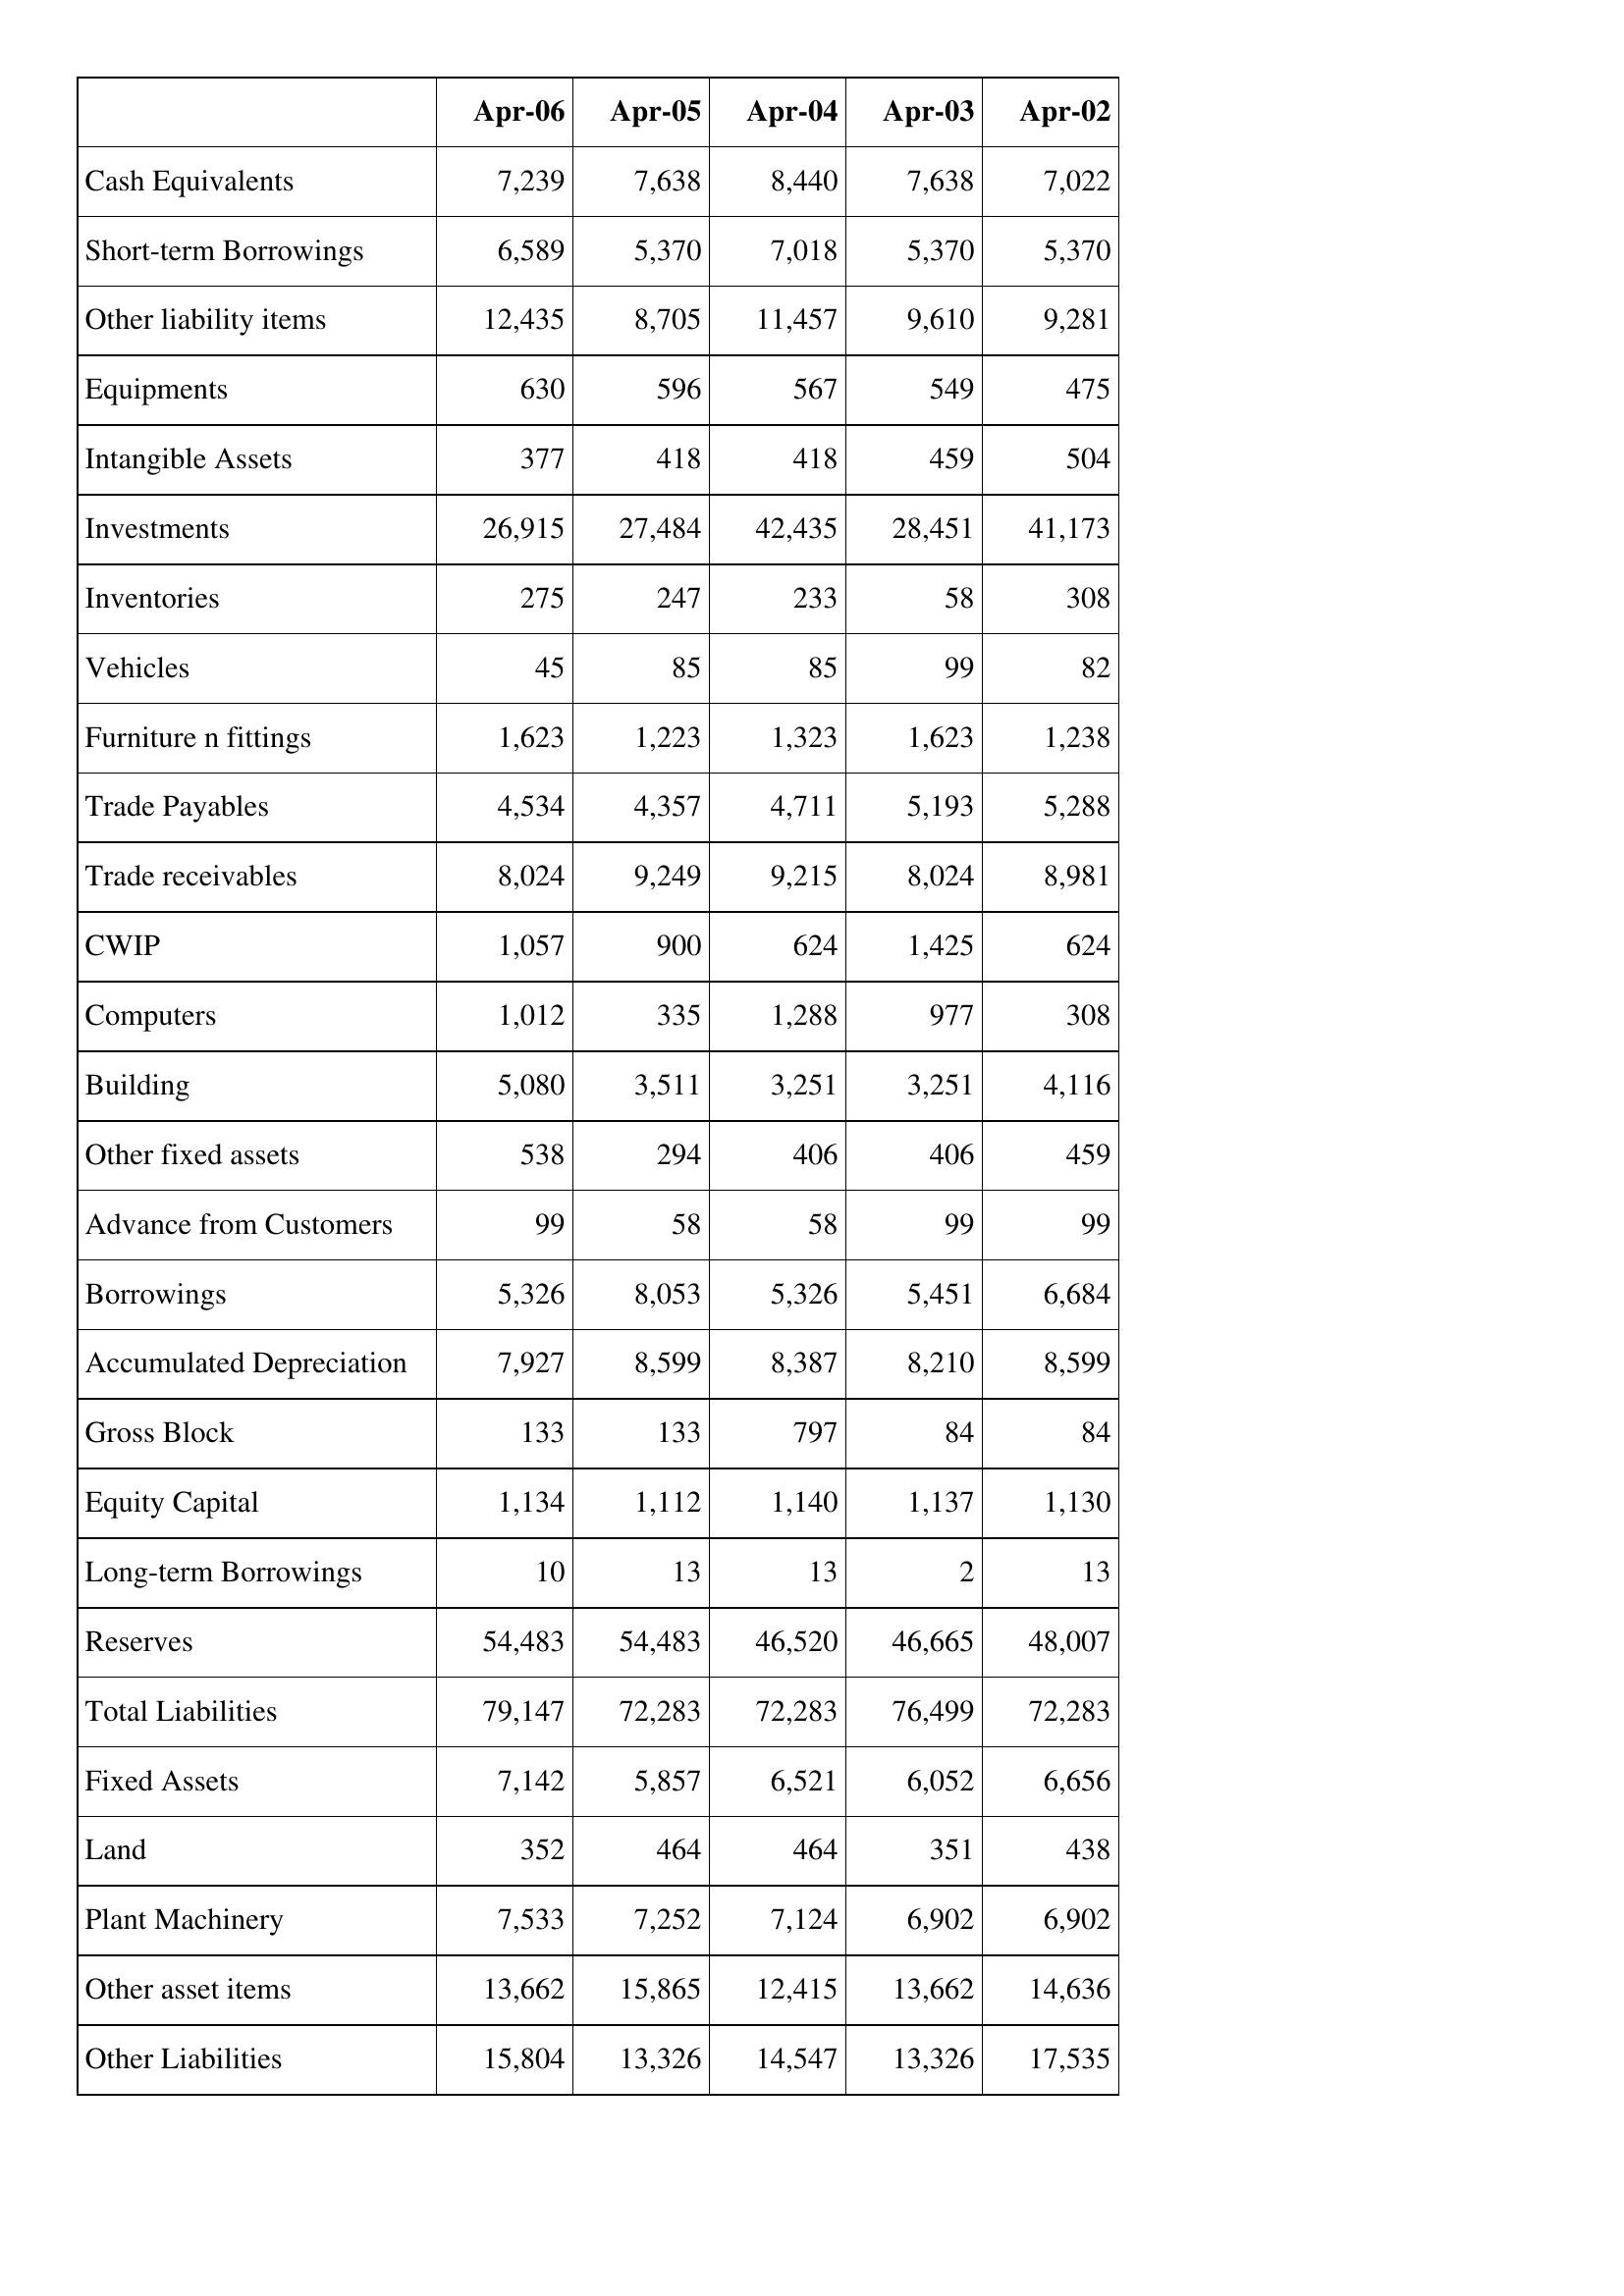
Apr-06: Balance Sheet: Cash Equivalents: 7,239
Short-term Borrowings: 6,589
Other liability items: 12,435
Equipments: 630
Intangible Assets: 377
Investments: 26,915
Inventories: 275
Vehicles: 45
Furniture n fittings: 1,623
Trade Payables: 4,534
Trade receivables: 8,024
CWIP: 1,057
Computers: 1,012
Building: 5,080
Other fixed assets: 538
Advance from Customers: 99
Borrowings: 5,326
Accumulated Depreciation: 7,927
Gross Block: 133
Equity Capital: 1,134
Long-term Borrowings: 10
Reserves: 54,483
Total Liabilities: 79,147
Fixed Assets: 7,142
Land: 352
Plant Machinery: 7,533
Other asset items: 13,662
Other Liabilities: 15,804
Apr-05: Balance Sheet: Cash Equivalents: 7,638
Short-term Borrowings: 5,370
Other liability items: 8,705
Equipments: 596
Intangible Assets: 418
Investments: 27,484
Inventories: 247
Vehicles: 85
Furniture n fittings: 1,223
Trade Payables: 4,357
Trade receivables: 9,249
CWIP: 900
Computers: 335
Building: 3,511
Other fixed assets: 294
Advance from Customers: 58
Borrowings: 8,053
Accumulated Depreciation: 8,599
Gross Block: 133
Equity Capital: 1,112
Long-term Borrowings: 13
Reserves: 54,483
Total Liabilities: 72,283
Fixed Assets: 5,857
Land: 464
Plant Machinery: 7,252
Other asset items: 15,865
Other Liabilities: 13,326
Apr-04: Balance Sheet: Cash Equivalents: 8,440
Short-term Borrowings: 7,018
Other liability items: 11,457
Equipments: 567
Intangible Assets: 418
Investments: 42,435
Inventories: 233
Vehicles: 85
Furniture n fittings: 1,323
Trade Payables: 4,711
Trade receivables: 9,215
CWIP: 624
Computers: 1,288
Building: 3,251
Other fixed assets: 406
Advance from Customers: 58
Borrowings: 5,326
Accumulated Depreciation: 8,387
Gross Block: 797
Equity Capital: 1,140
Long-term Borrowings: 13
Reserves: 46,520
Total Liabilities: 72,283
Fixed Assets: 6,521
Land: 464
Plant Machinery: 7,124
Other asset items: 12,415
Other Liabilities: 14,547
Apr-03: Balance Sheet: Cash Equivalents: 7,638
Short-term Borrowings: 5,370
Other liability items: 9,610
Equipments: 549
Intangible Assets: 459
Investments: 28,451
Inventories: 58
Vehicles: 99
Furniture n fittings: 1,623
Trade Payables: 5,193
Trade receivables: 8,024
CWIP: 1,425
Computers: 977
Building: 3,251
Other fixed assets: 406
Advance from Customers: 99
Borrowings: 5,451
Accumulated Depreciation: 8,210
Gross Block: 84
Equity Capital: 1,137
Long-term Borrowings: 2
Reserves: 46,665
Total Liabilities: 76,499
Fixed Assets: 6,052
Land: 351
Plant Machinery: 6,902
Other asset items: 13,662
Other Liabilities: 13,326
Apr-02: Balance Sheet: Cash Equivalents: 7,022
Short-term Borrowings: 5,370
Other liability items: 9,281
Equipments: 475
Intangible Assets: 504
Investments: 41,173
Inventories: 308
Vehicles: 82
Furniture n fittings: 1,238
Trade Payables: 5,288
Trade receivables: 8,981
CWIP: 624
Computers: 308
Building: 4,116
Other fixed assets: 459
Advance from Customers: 99
Borrowings: 6,684
Accumulated Depreciation: 8,599
Gross Block: 84
Equity Capital: 1,130
Long-term Borrowings: 13
Reserves: 48,007
Total Liabilities: 72,283
Fixed Assets: 6,656
Land: 438
Plant Machinery: 6,902
Other asset items: 14,636
Other Liabilities: 17,535